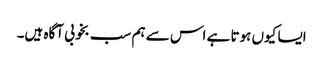
ایسا کیوں ہوتا ہے اس سے ہم سب بخوبی آگاہ ہیں۔